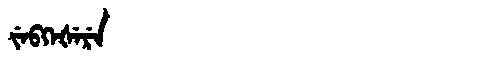
Manchu: ᠵᡝᠪᡴᡝᡧᡝᡵᡝ
Romanization: JEBKEŠERE